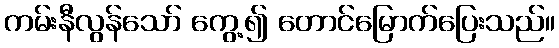
ကမ်းနီလွန်သော် ကွေ့၍ တောင်မြောက်ပြေးသည်။